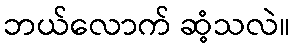
ဘယ်လောက် ဆံ့သလဲ။